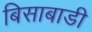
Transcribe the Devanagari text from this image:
बिसाबाडी